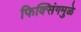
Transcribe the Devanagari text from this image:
फिक्सिंगमुळे